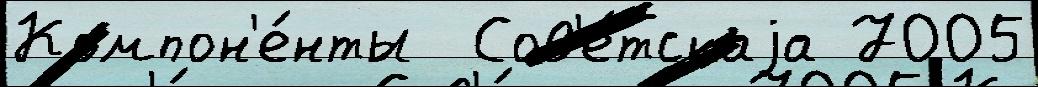
Компон'е́нты  Сов'е́тскаjа 7005